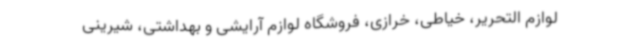
لوازم التحریر، خیاطی، خرازی، فروشگاه لوازم آرایشی و بهداشتی، شیرینی